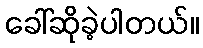
ခေါ်ဆိုခဲ့ပါတယ်။